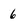
Character: 6